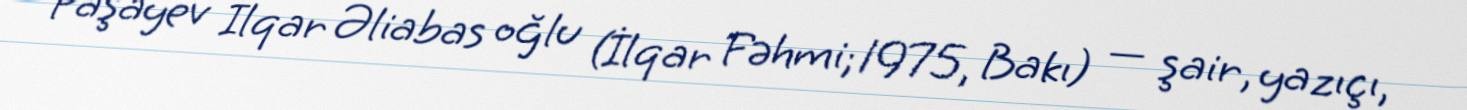
Paşayev İlqar Əliabas oğlu (İlqar Fəhmi; 1975, Bakı) — şair, yazıçı,